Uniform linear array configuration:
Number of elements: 8
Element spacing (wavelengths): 1
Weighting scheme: exponential
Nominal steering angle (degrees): -60
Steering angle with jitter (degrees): -59.98
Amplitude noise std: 0.05
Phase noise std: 0.05

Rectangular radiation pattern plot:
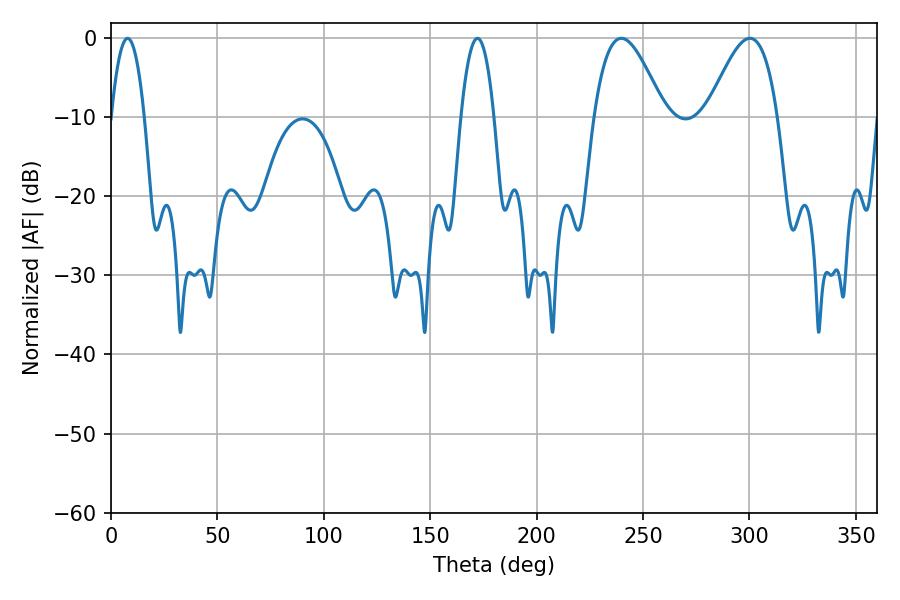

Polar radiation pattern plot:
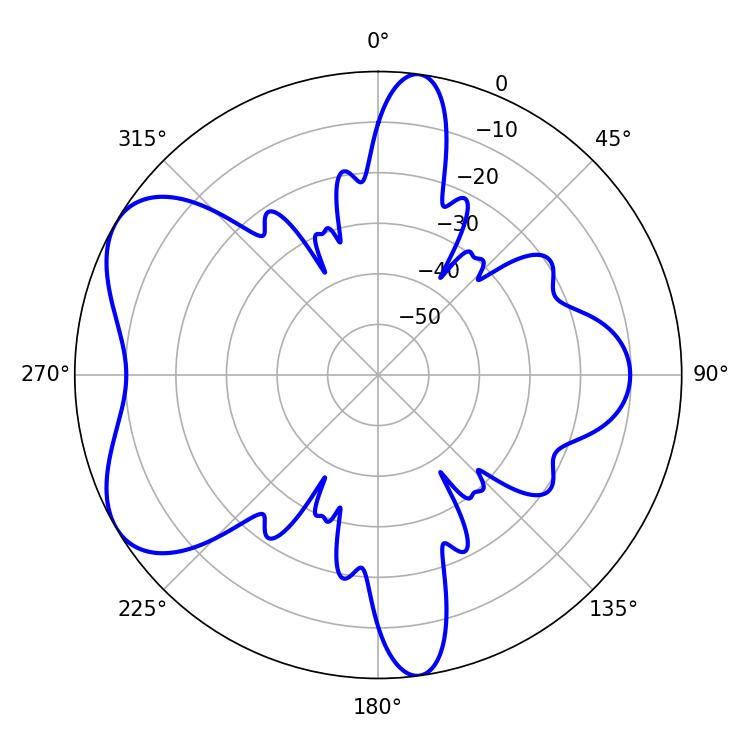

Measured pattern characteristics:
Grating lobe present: TRUE
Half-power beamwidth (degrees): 17.82
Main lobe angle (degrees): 239.76